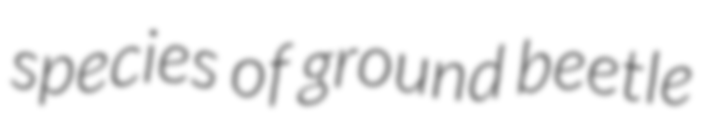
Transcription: species of ground beetle